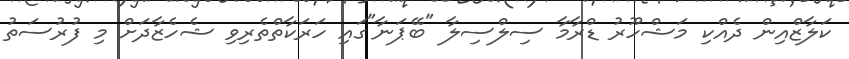
ކަލާޒްއިން ދެއްކި މަޝްހޫރު ޑްރާމާ ސިލްސިލާ "ބޭޕަނާ"ގައި ހަރަކާތްތެރިވި ޝެހެޒާދަށް މި ފުރުސަތު